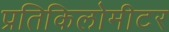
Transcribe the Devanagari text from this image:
प्रतिकिलोमीटर